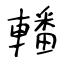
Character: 轓